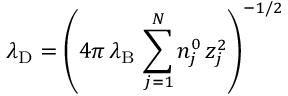
\lambda _ { \mathrm { { D } } } = \left( 4 \pi \, \lambda _ { \mathrm { { B } } } \, \sum _ { j = 1 } ^ { N } n _ { j } ^ { 0 } \, z _ { j } ^ { 2 } \right) ^ { - 1 / 2 }